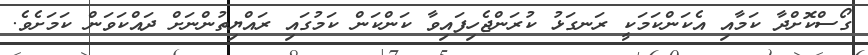
ގޯސްކޮށްދާ ކަމާއި އެކަންކަމަކީ ރަނގަޅު ކުރަންޖެހިފައިވާ ކަންކަން ކަމުގައި ރައްޔިތުންނަށް ދައްކަވަން ކަމަށެވެ.